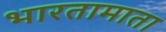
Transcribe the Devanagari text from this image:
भारतामाता